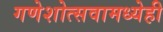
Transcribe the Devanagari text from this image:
गणेशोत्सवामध्येही